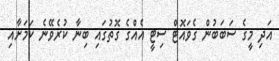
އަދި މީގެ ސަބަބުން ގެވައޮޓް ސިޓީ އެއްގެ ގޮތުގައި ބިނާ ކުރެވޭނެ ކަމަށާއި